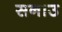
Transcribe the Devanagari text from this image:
सनाउ